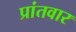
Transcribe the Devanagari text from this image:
प्रांतवार